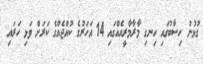
ގުޅުނު ހިސާބުގައި ހިނގި މާރާމާރީއެއްގައި 14 އަހަރުގެ ކުއްޖެއްގެ ކަރަށް ވަޅި ހަރައި